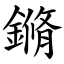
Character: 鏅